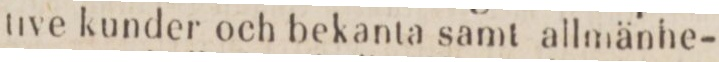
tive kunder och bekanta samt allmänhe-